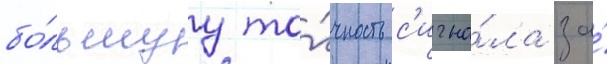
бо́льшуу то́чность с'игна́ла за́